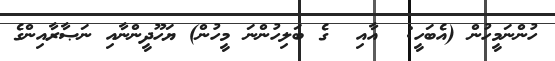
ހުންނަމީހުން (އެބަހީ:  އާއި  ގެ ބަލިހުންނަ މީހުން) ޔަހޫދީންނާއި ނަޞާރާއިންގެ